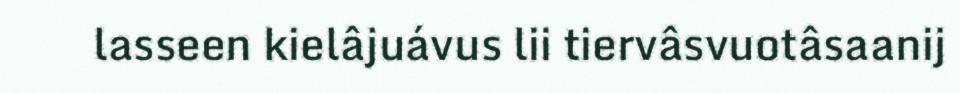
lasseen kielâjuávus lii tiervâsvuotâsaanij